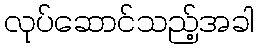
လုပ်ဆောင်သည့်အခါ